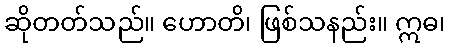
ဆိုတတ်သည်။ ဟောတိ၊ ဖြစ်သနည်း။ ဣဓ၊